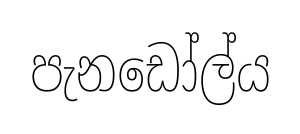
පැනඩෝල්ය